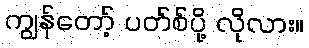
ကျွန်တော့် ပတ်စ်ပို့ လိုလား။